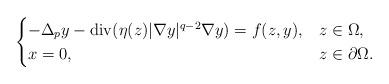
LaTeX: \begin{align*} \begin{cases} - \Delta_py - {\rm div}(\eta(z)\lvert \nabla y\rvert^{q - 2}\nabla y) = f(z, y), & z\in \Omega, \\ x = 0, & z\in \partial \Omega.\end{cases}\end{align*}